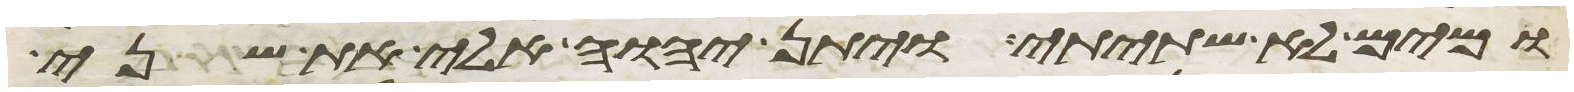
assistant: ומים לא שתיתי ויתן יהוה אלי את שני